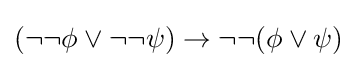
(\neg \neg \phi \lor \neg \neg \psi )\to \neg \neg (\phi \lor \psi )